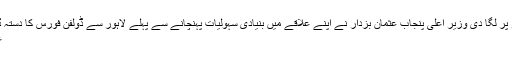
لاہوریوں کی حفاظت داؤ پر لگا دی وزیر اعلیٰ پنجاب عثمان بزدار نے اپنے علاقے میں بنیادی سہولیات پہنچانے سے پہلے لاہور سے ڈولفن فورس کا دستہ ڈیرہ غازی خان پہنچا دیا
عثمان بزدار کی پھرتیاں۔